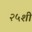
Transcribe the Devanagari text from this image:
२५शी